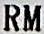
RM